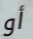
أو